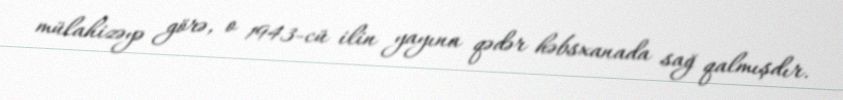
mülahizəyə görə, o 1943-cü ilin yayına qədər həbsxanada sağ qalmışdır.